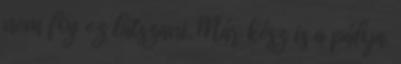
nem fog ez látszani. Már kész is a pálya.